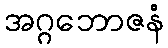
အဂ္ဂဘောဇနံ